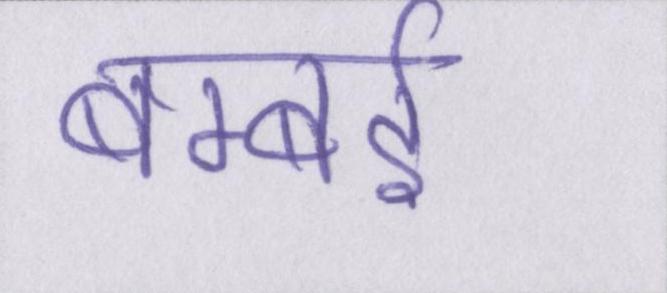
बम्बई